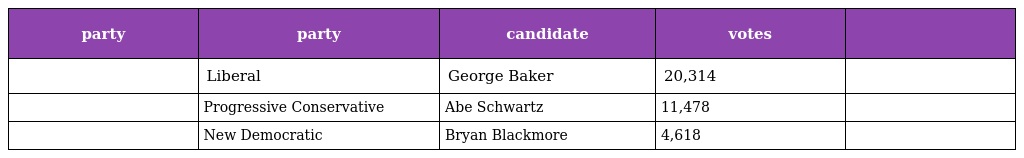
| party | party | candidate | votes |  |
 | --- | --- | --- | --- | --- |
 |  | Liberal | George Baker | 20,314 |  |
 |  | Progressive Conservative | Abe Schwartz | 11,478 |  |
 |  | New Democratic | Bryan Blackmore | 4,618 |  |